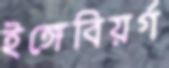
ইঙ্গেবিয়র্গ